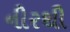
નીરથી